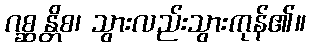
ဂစ္ဆန္တိစ၊ သွားလည်းသွားကုန်၏။